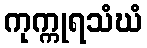
ကုက္ကုရသံဃံ